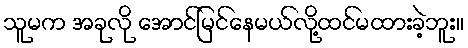
သူမက အခုလို အောင်မြင်နေမယ်လို့ထင်မထားခဲ့ဘူး။